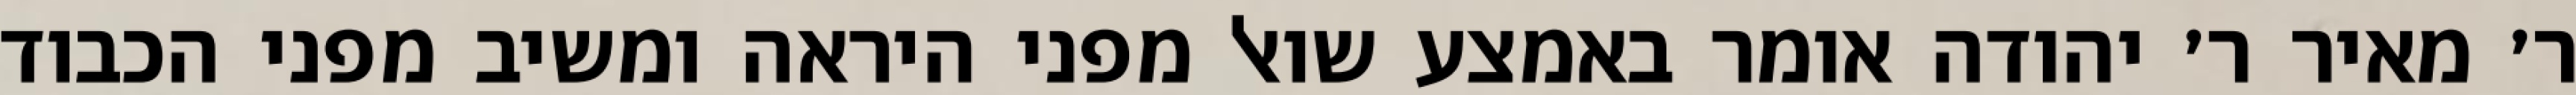
ר׳ מאיר ר׳ יהודה אומר באמצע שואל מפני היראה ומשיב מפני הכבוד